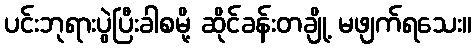
ပင်းဘုရားပွဲပြီးခါစမို့ ဆိုင်ခန်းတချို့ မဖျက်ရသေး။